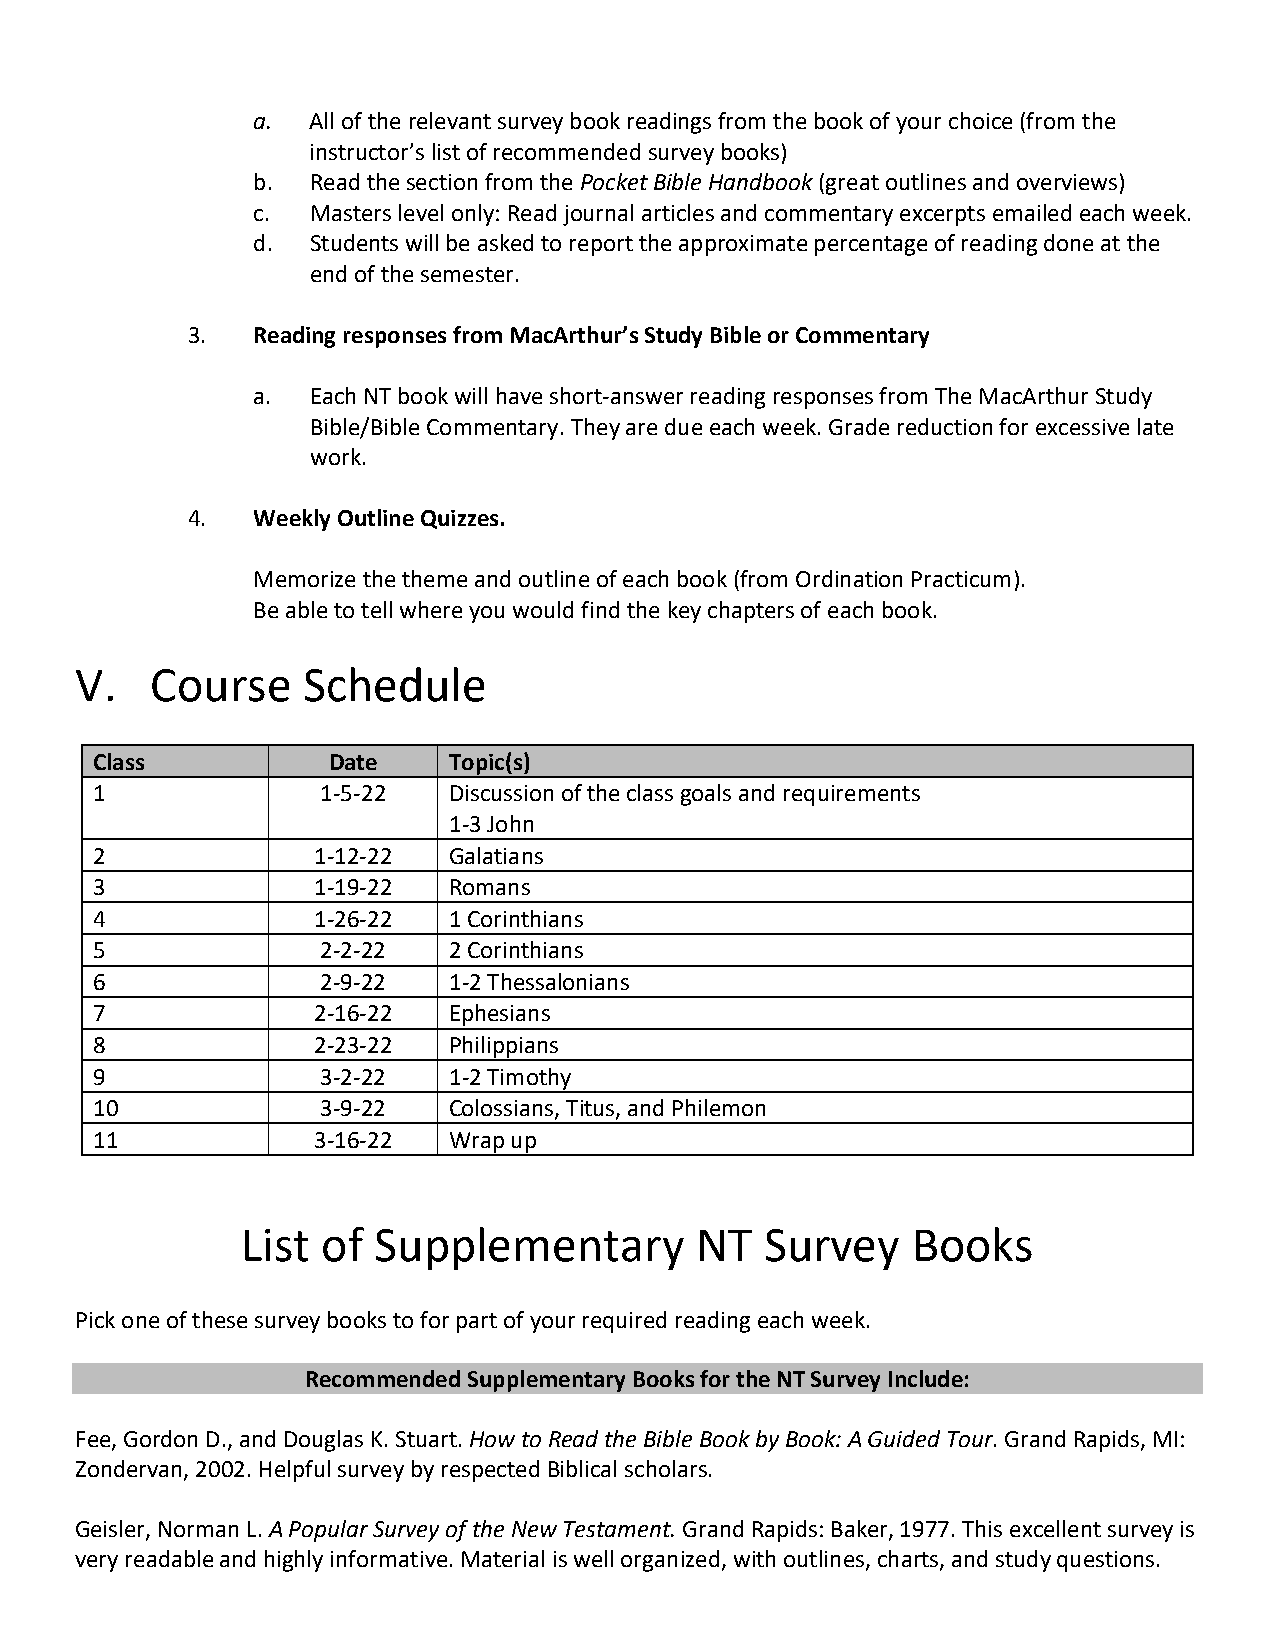
a. All of the relevant survey book readings from the book of your choice (from the
 instructor’s list of recommended survey books)
 b. Read the section from the Pocket Bible Handbook (great outlines and overviews)
 c. Masters level only: Read journal articles and commentary excerpts emailed each week.
 d. Students will be asked to report the approximate percentage of reading done at the
 end of the semester.
 3.   Reading responses from MacArthur’s Study Bible or Commentary
 a. Each NT book will have short-answer reading responses from The MacArthur Study
 Bible/Bible Commentary. They are due each week. Grade reduction for excessive late
 work.
 4.   Weekly Outline Quizzes.
 Memorize the theme and outline of each book (from Ordination Practicum).
 Be able to tell where you would find the key chapters of each book.
 V.   Course    Schedule
 Class           Date    Topic(s)
 1              1-5-22   Discussion of the class goals and requirements
 1-3 John
 2              1-12-22  Galatians
 3              1-19-22  Romans
 4              1-26-22  1 Corinthians
 5              2-2-22   2 Corinthians
 6              2-9-22   1-2 Thessalonians
 7              2-16-22  Ephesians
 8              2-23-22  Philippians
 9              3-2-22   1-2 Timothy
 10             3-9-22   Colossians, Titus, and Philemon
 11             3-16-22  Wrap up
 List of  Supplementary        NT   Survey   Books
 Pick one of these survey books to for part of your required reading each week.
 Recommended Supplementary Books for the NT Survey Include:
 Fee, Gordon D., and Douglas K. Stuart. How to Read the Bible Book by Book: A Guided Tour. Grand Rapids, MI:
 Zondervan, 2002. Helpful survey by respected Biblical scholars.
 Geisler, Norman L. A Popular Survey of the New Testament. Grand Rapids: Baker, 1977. This excellent survey is
 very readable and highly informative. Material is well organized, with outlines, charts, and study questions.